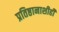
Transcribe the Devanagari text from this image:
प्रतिष्ठानाशीही